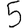
Digit: 5